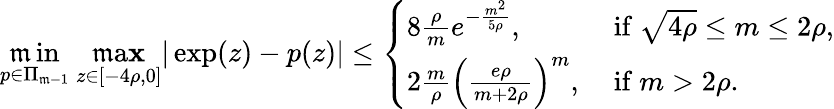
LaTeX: \operatorname*{\mathfrak{m}in}_{p\in\Pi_{\mathfrak{m}-1}}\ \operatorname*{\mathfrak{m}a\mathbf{x}}_{z\in[-4\rho,0]}|\exp(z)-p(z)|\leq\left\{ \begin{array}{ll}{8\frac{\rho}{m}e^{-\frac{m^{2}}{5\rho}},}&{\mathrm{~if~}\sqrt{4\rho}\leq m\leq 2\rho,}\\ {2\frac{m}{\rho}\left(\frac{e\rho}{m+2\rho}\right)^{m},}&{\mathrm{~if~}m>2\rho.}\end{array}\right.